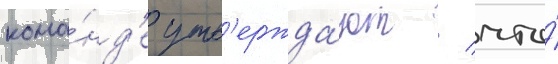
кома́нд'е утв'ержда́ют / что́